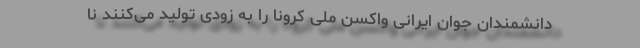
دانشمندان جوان ایرانی واکسن ملی کرونا را به زودی تولید می‌کنند نا